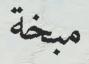
مبخة